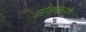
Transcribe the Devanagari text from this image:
ग्रोककनो